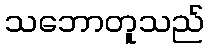
သဘောတူသည်